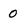
Character: 0